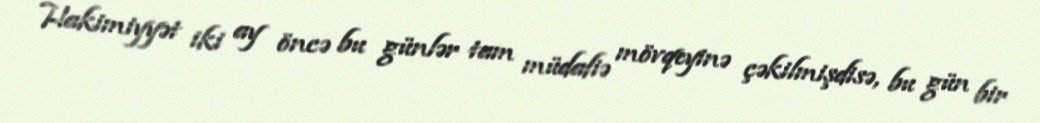
Hakimiyyət iki ay öncə bu günlər tam müdafiə mövqeyinə çəkilmişdisə, bu gün bir